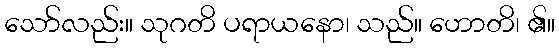
သော်လည်း။ သုဂတိ ပရာယနော၊ သည်။ ဟောတိ၊ ၏။